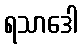
ရသာဒေါ